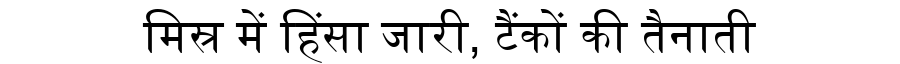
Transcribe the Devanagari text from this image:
मिस्र में हिंसा जारी, टैंकों की तैनाती